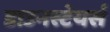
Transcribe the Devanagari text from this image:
डाउनस्टेयर्स